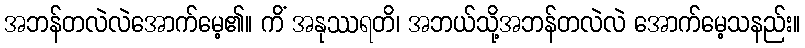
အဘန်တလဲလဲအောက်မေ့၏။ ကိံ အနုဿရတိ၊ အဘယ်သို့အဘန်တလဲလဲ အောက်မေ့သနည်း။